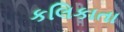
કલિકાતા